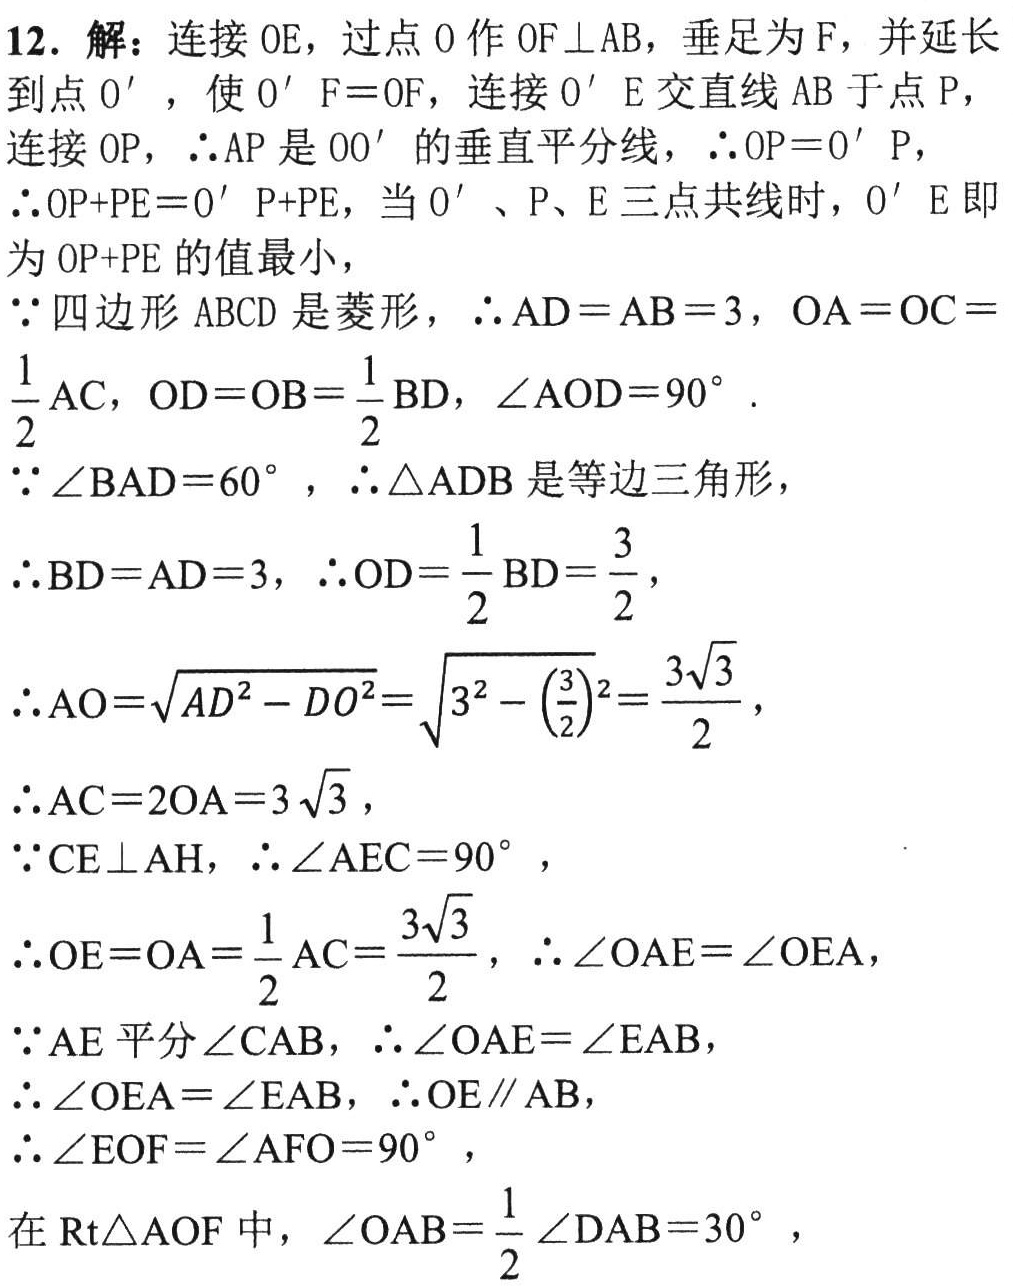
12. 解：连接 \(OE\)，过点 \(O\) 作 \(OF\perp AB\)，垂足为 \(F\)，并延长

到点 \(O'\)，使 \(O'F = OF\)，连接 \(O'E\) 交直线 \(AB\) 于点 \(P\)，

连接 \(OP\)，\(\therefore AP\) 是 \(OO'\) 的垂直平分线，\(\therefore OP = O'P\)，

\(\therefore OP + PE=O'P + PE\)，当 \(O'\)、\(P\)、\(E\) 三点共线时，\(O'E\) 即

为 \(OP + PE\) 的值最小，

\(\because\) 四边形 \(ABCD\) 是菱形，\(\therefore AD = AB = 3\)，\(OA = OC=\)

\(\frac{1}{2}AC\)，\(OD = OB=\frac{1}{2}BD\)，\(\angle AOD = 90^{\circ}\).

\(\because\angle BAD = 60^{\circ}\)，\(\therefore\triangle ADB\) 是等边三角形，

\(\therefore BD = AD = 3\)，\(\therefore OD=\frac{1}{2}BD=\frac{3}{2}\)，

\(\therefore AO=\sqrt{AD^{2}-DO^{2}}=\sqrt{3^{2}-\left(\frac{3}{2}\right)^{2}}=\frac{3\sqrt{3}}{2}\)，

\(\therefore AC = 2OA = 3\sqrt{3}\)，

\(\because CE\perp AH\)，\(\therefore\angle AEC = 90^{\circ}\)，

\(\therefore OE = OA=\frac{1}{2}AC=\frac{3\sqrt{3}}{2}\)，\(\therefore\angle OAE=\angle OEA\)，

\(\because AE\) 平分 \(\angle CAB\)，\(\therefore\angle OAE=\angle EAB\)，

\(\therefore\angle OEA=\angle EAB\)，\(\therefore OE\parallel AB\)，

\(\therefore\angle EOF=\angle AFO = 90^{\circ}\)，

在 \(Rt\triangle AOF\) 中，\(\angle OAB=\frac{1}{2}\angle DAB = 30^{\circ}\)，